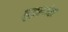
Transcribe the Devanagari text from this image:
सुहृल्लेख